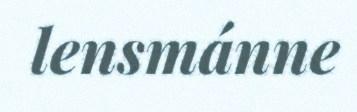
lensmánne